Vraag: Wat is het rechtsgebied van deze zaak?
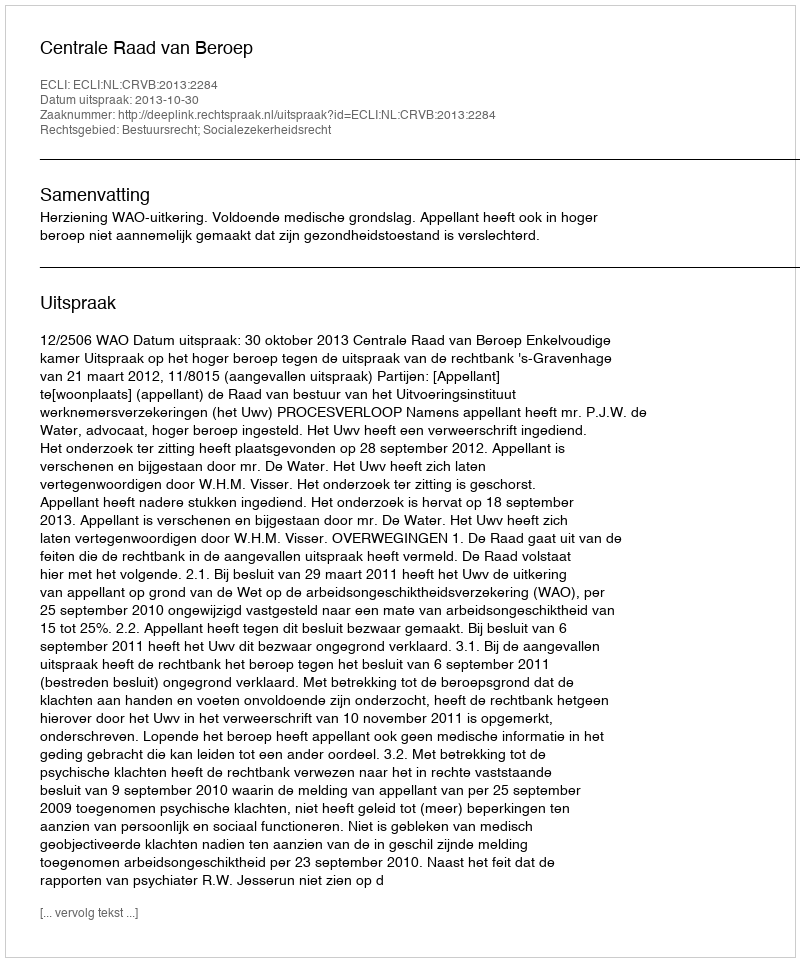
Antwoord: Bestuursrecht; Socialezekerheidsrecht